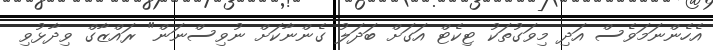
އެހެންނަމަވެސް އަދި މިވަގުތަކު ޓިކެޓް އަގަށް ބަދަލު ގެންނާކަށް ނުވިސްނަން" ރައްޒާގް ވިދާޅުވި